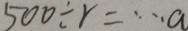
5 0 0 \div r = \cdots a